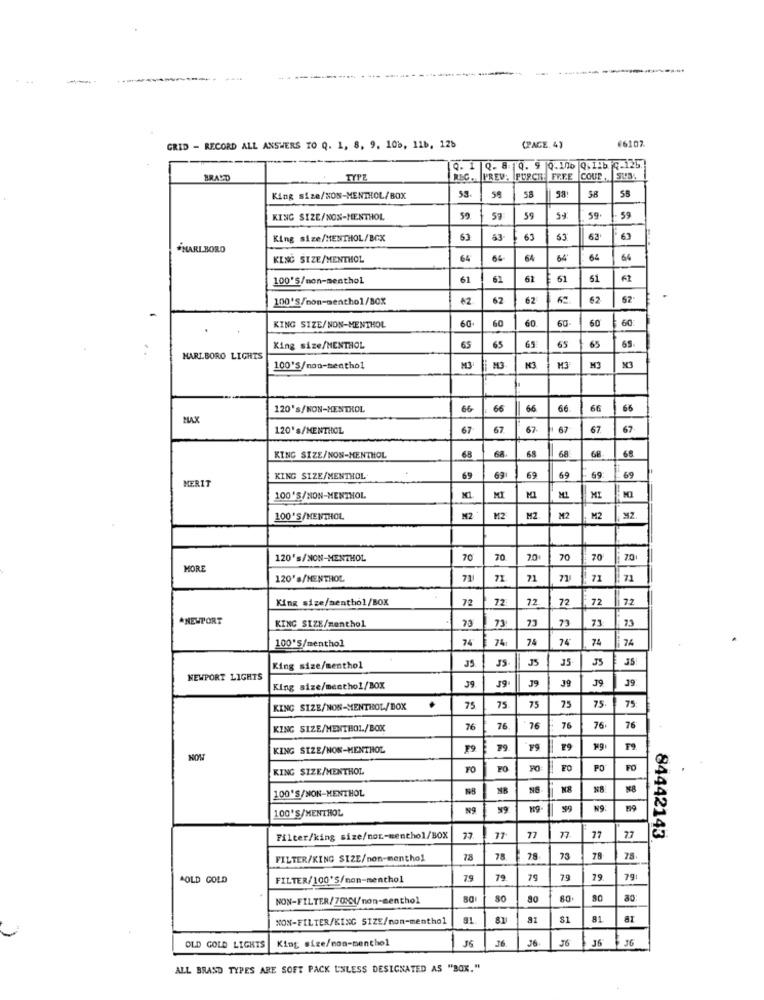
#6107
GRID - RECORD ALL ANSWERS TO Q. 1, 8, 9, 108, 11b, 126
(PAGE. 4)
Q. 1 |Q. 8 | 0. 9 0.100 Q.11b 4.12b.
BRAND
TYP
REC .. PREV. PURCH FREE COUR, SUS.
58
King size/NON-MENTHOL/BOX
53
58
58
KING SIZE/NON-MENTHOL
59
59
59
SH
59
59
King size/MENTHOL/BOX
63
63.
63
53
63
63
MARI BORO
KING SIZE/MENTHOL
64
64
64
64'
64
100'S/non-menthol
61
61
61
100'S/non-menthol/BOX
62
62
62
62
62
60
60
60
60
60
60
KING SIZE/NON-MENTHOL
65
King size/MENTHOL
65
65
65
65
MARLBORO LIGHTS
100'S/non-menthol
M3
NO
M3
M3
M3
120's/NON-MENTROL
66
66
66
66
66
66
MAX
120's/MENTHOL
67
67
67
67
67.
67
6A
68
60
KING SIZE/NON-MENTHOL
68
68
KING SIZE/MENTHOL
69
69
69
69
69
69
MERIT
100'S/NON-MENTHOL
MI
ML
100'S/MENTHOL
MZ
M2
M2
M2
M2
M2
120's/NON-MENTHOL
70
70
70
70
70
70
MORE
120's/MENTHOL
711
71
71
71
71
King size/menthol/BOX
72
72
72
72
72
7.2
*NEWPORT
KING SIZE/menthol
73
73
73
100'S/menthol
74
74
74
74
74
74
35
35
35
King size/menthol
NEWPORT LIGHTS
J9
39
39
39
King size/menthol/BOX
39
39
75
KING SIZE/NON-MENTHOL/BOX
75
75
75
75
75
KING SIZE/MENTHOL/BOX
76
76
76
76
76
76
KING SIZE/NON-MENTHOL
F9
19
₹9
T9.
KING SIZE/MENTHOL
FO
FO
PO
FO
100'S/NON-MENTHOL
NE
N8
100'S/MENTHOL
19
NO
Filter/king size/nor-menthol/BOX
77
77
77
77
84442143
FILTER/KING SIZE/non-menthol
78
78
73
78
78.
AOLD GOLD
FILTER/100'S/non-menthol
79
79
79
19
79:
NON-FILTER/70MM/non-menthol
80
80
80
ao:
NON-FILTER/KING SIZE/non-menthol
81
91
81
81
King size/non-menthol
36
36
J6
36
36
36
OLD GOLD LIGHTS
ALL BRAND TYPES ARE SOFT PACK UNLESS DESIGNATED AS "BOX."